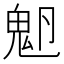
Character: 𩲂